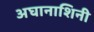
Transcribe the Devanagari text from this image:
अघानाशिनी